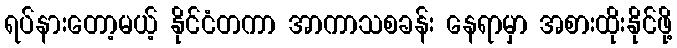
ရပ်နားတော့မယ့် နိုင်ငံတကာ အာကာသစခန်း နေရာမှာ အစားထိုးနိုင်ဖို့